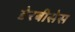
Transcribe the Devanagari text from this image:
डेरबीसेस